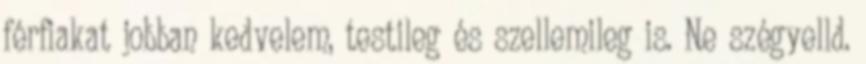
férfiakat jobban kedvelem, testileg és szellemileg is. Ne szégyelld.